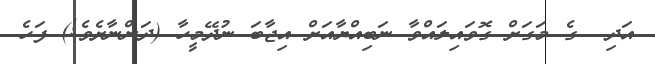
އަދި  ގެ މަގަށް ގޮވައިލައްވާ ނަބިއްޔާއަށް އިޖާބަ ނުދޭމީހާ (ދަންނާށެވެ!) ފަހެ